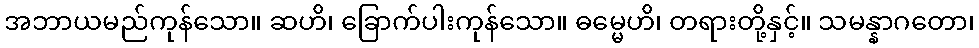
အဘာယမည်ကုန်သော။ ဆဟိ၊ ခြောက်ပါးကုန်သော။ ဓမ္မေဟိ၊ တရားတို့နှင့်။ သမန္နာဂတော၊